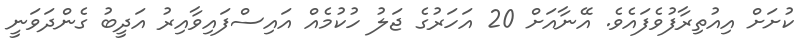
ކުށަށް އިއުތިރާފުވެފައެވެ. އޭނާއަށް 20 އަހަރުގެ ޖަލު ހުކުމެއް އައިސްފައިވާއިރު އަދީބު ގެންދަވަނީ